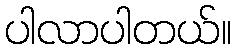
ပါလာပါတယ်။